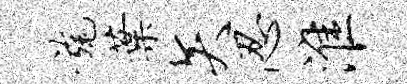
旄叶矢忍淮